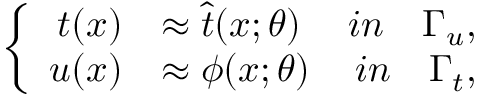
\left\{ \begin{array} { r l r } { \boldsymbol { t } ( \boldsymbol { x } ) } & { \approx \hat { \boldsymbol { t } } ( \boldsymbol { x } ; \boldsymbol { \theta } ) } & { i n \quad \Gamma _ { u } , } \\ { \boldsymbol { u } ( \boldsymbol { x } ) } & { \approx \boldsymbol { \phi } ( \boldsymbol { x } ; \boldsymbol { \theta } ) } & { i n \quad \Gamma _ { t } , } \end{array} \right.